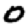
Digit: 0